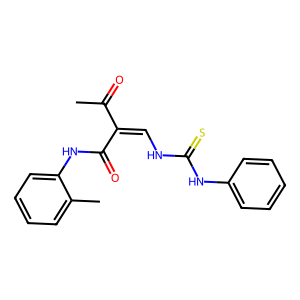
SMILES: CC(=O)C(=CNC(=S)Nc1ccccc1)C(=O)Nc1ccccc1C
Inhibits HIV replication: No